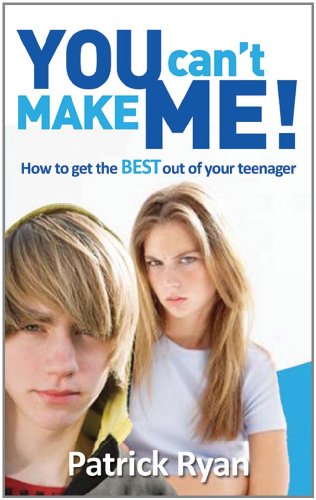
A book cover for You Can't Make Me!: How to get the BEST out of your teenager; Patrick Ryan; Parenting & Relationships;